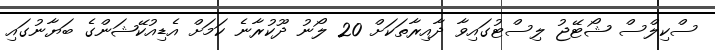
ސްކިލްސް ޝޯޓޭޖު ލިސްޓުގައިވާ ދާއިރާތަކަށް 20 ލޯނު ދޫކުރާނެ ކަމަށް އެޑިއުކޭޝަންގެ ބަޔާނުގައި